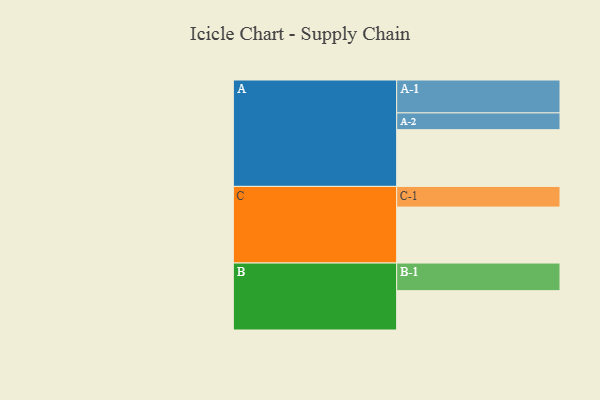
{"axis": {"x": "Segment", "y": "Value"}, "legend": ["", "A", "B", "C"], "data": [{"x": "A", "y": 450, "type": ""}, {"x": "B", "y": 312, "type": ""}, {"x": "C", "y": 444, "type": ""}, {"x": "A-1", "y": 261, "type": "A"}, {"x": "A-2", "y": 133, "type": "A"}, {"x": "B-1", "y": 219, "type": "B"}, {"x": "C-1", "y": 164, "type": "C"}]}